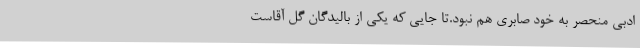
ادبی منحصر به خود صابری هم نبود.تا جایی که یکی از بالیدگان گل آقاست